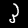
Label: 3